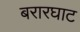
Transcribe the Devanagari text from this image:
बरारघाट